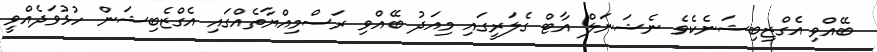
ބޭއްވި އެގްޒިބިޝަނެކެވެ ނެޝަނަލް އާޓް ގެލަރީގައި މިއަދު ބޭއްވި ރަސްމިއްޔާތެއްގައި އެގްޒެބިޝަން ހުޅުވަދެއްވީ